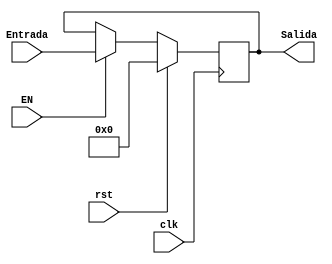
module regPL #(parameter ANCHO=8)(
input [ANCHO-1:0] Entrada,
input EN,clk,rst,
output reg [ANCHO-1:0] Salida

);


always @(posedge clk) begin
    if (rst==1) Salida <=0;
    else if (EN==1) begin
        Salida<=Entrada;
    end

end

endmodule